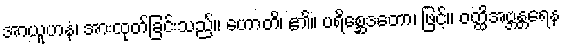
အာယူဟနံ၊ အားထုတ်ခြင်းသည်။ ဟောတိ၊ ၏။ ပရိစ္ဆေဒတော၊ ဖြင့်။ ဝတ္ထိအဗ္ဘန္တရေန